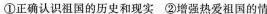
①正确认识祖国的历史和现实 ②增强热爱祖国的情